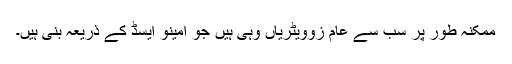
ممکنہ طور پر سب سے عام زوویٹریاں وہی ہیں جو امینو ایسڈ کے ذریعہ بنی ہیں۔